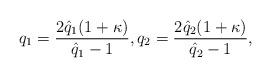
LaTeX: \begin{align*}q_1 = \frac{2\hat{q}_1 (1+\kappa)}{\hat{q}_1-1}, q_2 =\frac{2\hat{q}_2 (1+\kappa)}{\hat{q}_2 -1},\end{align*}